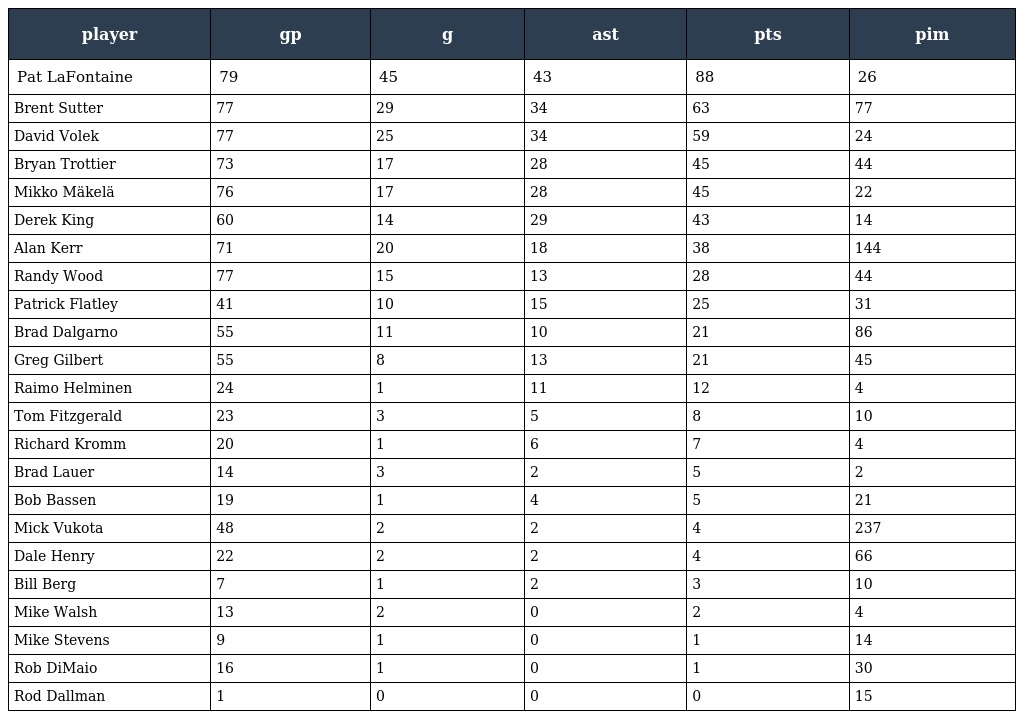
| player | gp | g | ast | pts | pim |
 | --- | --- | --- | --- | --- | --- |
 | Pat LaFontaine | 79 | 45 | 43 | 88 | 26 |
 | Brent Sutter | 77 | 29 | 34 | 63 | 77 |
 | David Volek | 77 | 25 | 34 | 59 | 24 |
 | Bryan Trottier | 73 | 17 | 28 | 45 | 44 |
 | Mikko Mäkelä | 76 | 17 | 28 | 45 | 22 |
 | Derek King | 60 | 14 | 29 | 43 | 14 |
 | Alan Kerr | 71 | 20 | 18 | 38 | 144 |
 | Randy Wood | 77 | 15 | 13 | 28 | 44 |
 | Patrick Flatley | 41 | 10 | 15 | 25 | 31 |
 | Brad Dalgarno | 55 | 11 | 10 | 21 | 86 |
 | Greg Gilbert | 55 | 8 | 13 | 21 | 45 |
 | Raimo Helminen | 24 | 1 | 11 | 12 | 4 |
 | Tom Fitzgerald | 23 | 3 | 5 | 8 | 10 |
 | Richard Kromm | 20 | 1 | 6 | 7 | 4 |
 | Brad Lauer | 14 | 3 | 2 | 5 | 2 |
 | Bob Bassen | 19 | 1 | 4 | 5 | 21 |
 | Mick Vukota | 48 | 2 | 2 | 4 | 237 |
 | Dale Henry | 22 | 2 | 2 | 4 | 66 |
 | Bill Berg | 7 | 1 | 2 | 3 | 10 |
 | Mike Walsh | 13 | 2 | 0 | 2 | 4 |
 | Mike Stevens | 9 | 1 | 0 | 1 | 14 |
 | Rob DiMaio | 16 | 1 | 0 | 1 | 30 |
 | Rod Dallman | 1 | 0 | 0 | 0 | 15 |